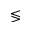
\lessgtr